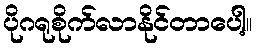
ပိုဂရုစိုက်လာနိုင်တာပေါ့။